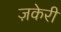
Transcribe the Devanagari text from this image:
ज़केरी